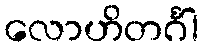
လောဟိတင်္ဂါ